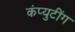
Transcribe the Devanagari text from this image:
कंप्युटींग